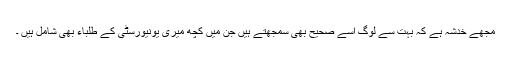
مجھے خدشہ ہے کہ بہت سے لوگ اسے صحیح بھی سمجھتے ہیں جن میں کچھ میری یونیورسٹی کے طلباء بھی شامل ہیں ۔